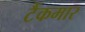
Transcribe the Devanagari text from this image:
टैंकमार